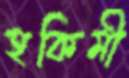
হকিমী